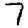
Digit: 7